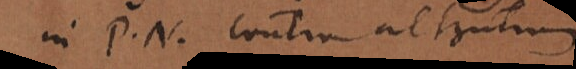
in P. N. contra alterutrum